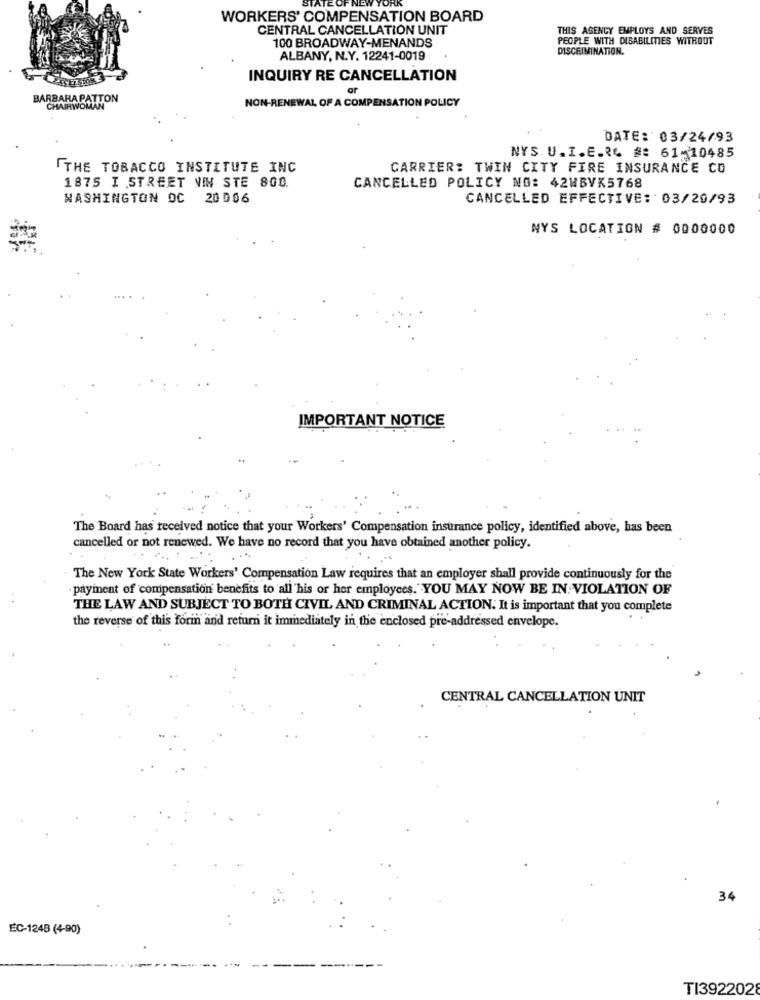
STATE OF NE
YORK
WORKERS' COMPENSATION BOARD
CENTRAL CANCELLATION UNIT
THIS AGENCY EMPLOYS AND SERVES
100 BROADWAY-MENANDS
PEOPLE WITH DISABILITIES WITHOUT
DISCRIMINATION.
ALBANY, N.Y. 12241-0019
INQUIRY RE CANCELLATION
ar
BARBARA PATTON
NON-RENEWAL OF A COMPENSATION POLICY
CHAIRWOMAN
DATE: 03/24/93
NYS. U.I.E.R& #: 61-10485
THE TOBACCO INSTITUTE INC
CARRIER: TWIN CITY FIRE INSURANCE CO
1875 I STREET NIN STE 800.
CANCELLED POLICY NO: 42MBVK5768
WASHINGTON DC 20006
CANCELLED EFFECTIVE: 03/20/93
NYS LOCATION # 0000000
IMPORTANT NOTICE
The Board has received notice that your Workers' Compensation insurance policy, identified above, has been
cancelled or not renewed. We have no record that you have obtained another policy.
The New York State Workers' Compensation Law requires that an employer shall provide continuously for the
payment of compensation benefits to all his or her employees. YOU MAY NOW BE IN VIOLATION OF
THE LAW AND SUBJECT TO BOTH CIVIL AND CRIMINAL ACTION. It is important that you complete
the reverse of this form and return it immediately in the enclosed pre-addressed envelope.
CENTRAL CANCELLATION UNIT
34
EC-124B (4-90)
TI3922028